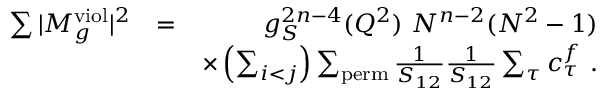
\begin{array} { r l r } { \sum \vert M _ { g } ^ { \mathrm { v i o l } } \vert ^ { 2 } } & { = } & { g _ { S } ^ { 2 n - 4 } ( Q ^ { 2 } ) ~ N ^ { n - 2 } ( N ^ { 2 } - 1 ) } \\ & { } & { \times \left( \sum _ { i < j } \right) \sum _ { \mathrm { p e r m } } \frac { 1 } { S _ { 1 2 } } \frac { 1 } { S _ { 1 2 } } \sum _ { \tau } c _ { \tau } ^ { f } ~ . } \end{array}